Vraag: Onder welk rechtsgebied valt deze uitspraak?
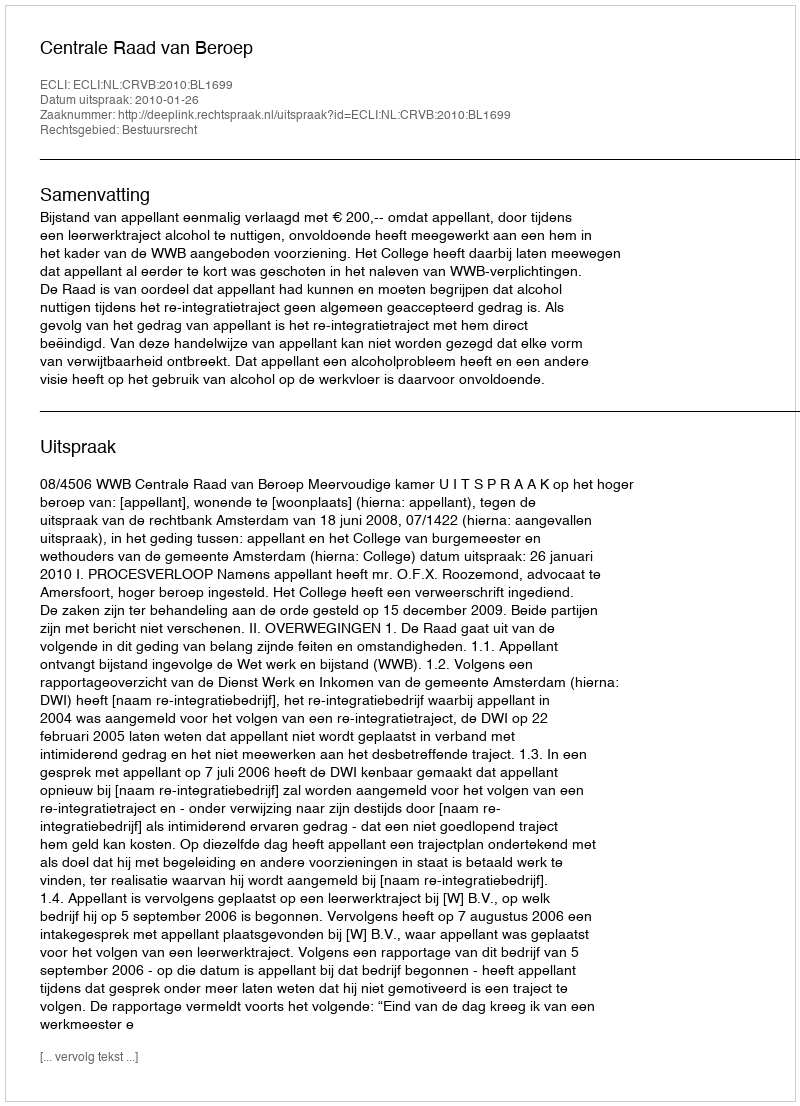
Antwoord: Bestuursrecht